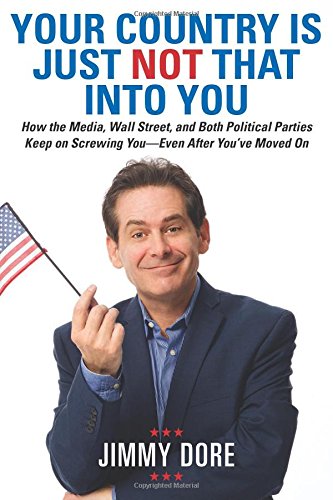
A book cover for Your Country Is Just Not That Into You: How the Media, Wall Street, and Both Political Parties Keep on Screwing YouEEEven After YouEEve Moved On; Jimmy Dore; Humor & Entertainment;